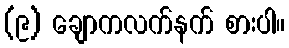
(၉) ချောကလက်နက် စားပါ။